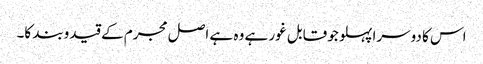
اس کا دوسرا پہلو جو قابل غور ہے وہ ہے اصل مجرم کے قیدوبند کا۔